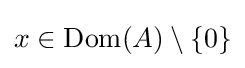
x\in \mathop {\mathrm {Dom} } (A)\setminus \{0\}